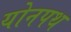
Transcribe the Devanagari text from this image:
योनपथ